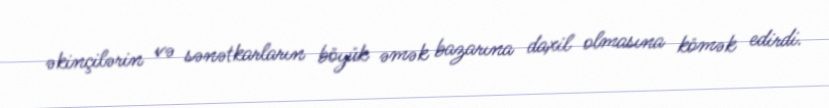
əkinçilərin və sənətkarların böyük əmək bazarına daxil olmasına kömək edirdi.